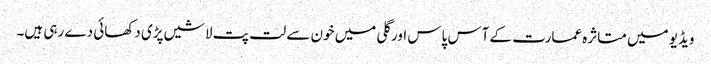
ویڈیو میں متاثرہ عمارت کے آس پاس اور گلی میں خون سے لت پت لاشیں پڑی دکھائی دے رہی ہیں۔